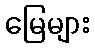
မြေများ